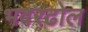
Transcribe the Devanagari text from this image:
भवरढोल